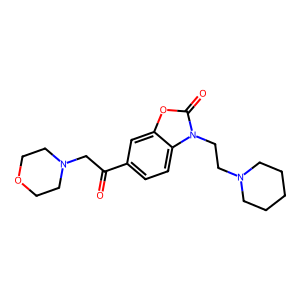
SMILES: O=C(CN1CCOCC1)c1ccc2c(c1)oc(=O)n2CCN1CCCCC1
Inhibits HIV replication: No